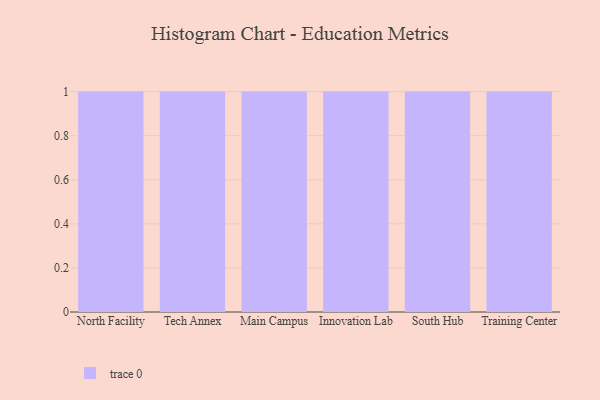
{"axis": {"x": "Campus", "y": "Market Share (%)"}, "legend": [""], "data": [{"x": "North Facility", "y": 68, "type": ""}, {"x": "Tech Annex", "y": 8, "type": ""}, {"x": "Main Campus", "y": 96, "type": ""}, {"x": "Innovation Lab", "y": 22, "type": ""}, {"x": "South Hub", "y": 33, "type": ""}, {"x": "Training Center", "y": 53, "type": ""}]}